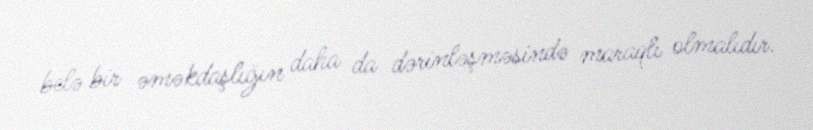
belə bir əməkdaşlığın daha da dərinləşməsində maraqlı olmalıdır.